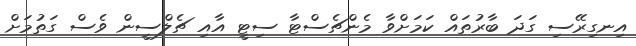
އިނގިރޭސި ގަދަ ބާރުތައް ކަމަށްވާ މެންޗެސްޓާ ސިޓީ އާއި ޗެލްސީން ވެސް ގަތުމަށް